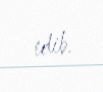
edib.